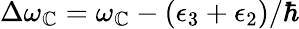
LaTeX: \Delta\omega_{\mathbb{C}}=\omega_{\mathbb{C}}-(\epsilon_{3}+\epsilon_{2})/\hbar